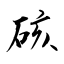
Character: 硋